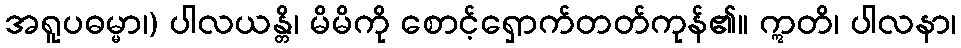
အရူပဓမ္မာ၊) ပါလယန္တိ၊ မိမိကို စောင့်ရှောက်တတ်ကုန်၏။ ဣတိ၊ ပါလနာ၊